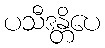
ပသီဒန္တိပေ